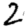
Digit: 2